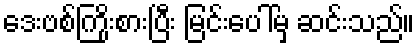
ဒေးဗစ်ကြိုးစားပြီး မြင်းပေါ်မှ ဆင်းသည်။